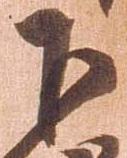
下